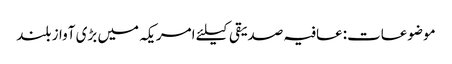
موضوعات:عافیہ صدیقی کیلئے امریکہ میں بڑی آواز بلند